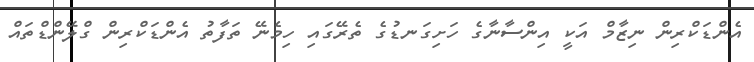
އެންޑަކްރިން ނިޒާމް އަކީ އިންސާނާގެ ހަށިގަނޑުގެ ތެރޭގައި ހިމެނޭ ތަފާތު އެންޑަކްރިން ގްލޭންޑްތައް